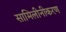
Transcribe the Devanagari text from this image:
सामिलीनीकरण